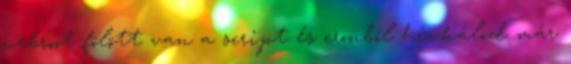
webroot fölött van a script és cronból hívkálod már